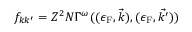
f _ { k k ^ { \prime } } = Z ^ { 2 } N \Gamma ^ { \omega } ( ( \epsilon _ { \mathrm { { F } } } , { \vec { k } } ) , ( \epsilon _ { \mathrm { { F } } } , { \vec { k ^ { \prime } } } ) )